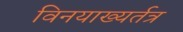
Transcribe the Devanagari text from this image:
विनयाख्यर्तत्र